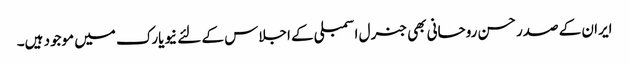
ایران کے صدر حسن روحانی بھی جنرل اسمبلی کے اجلاس کے لئے نیویارک میں موجود ہیں۔